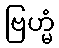
ဗြဟ္မံ